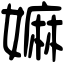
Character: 嫲